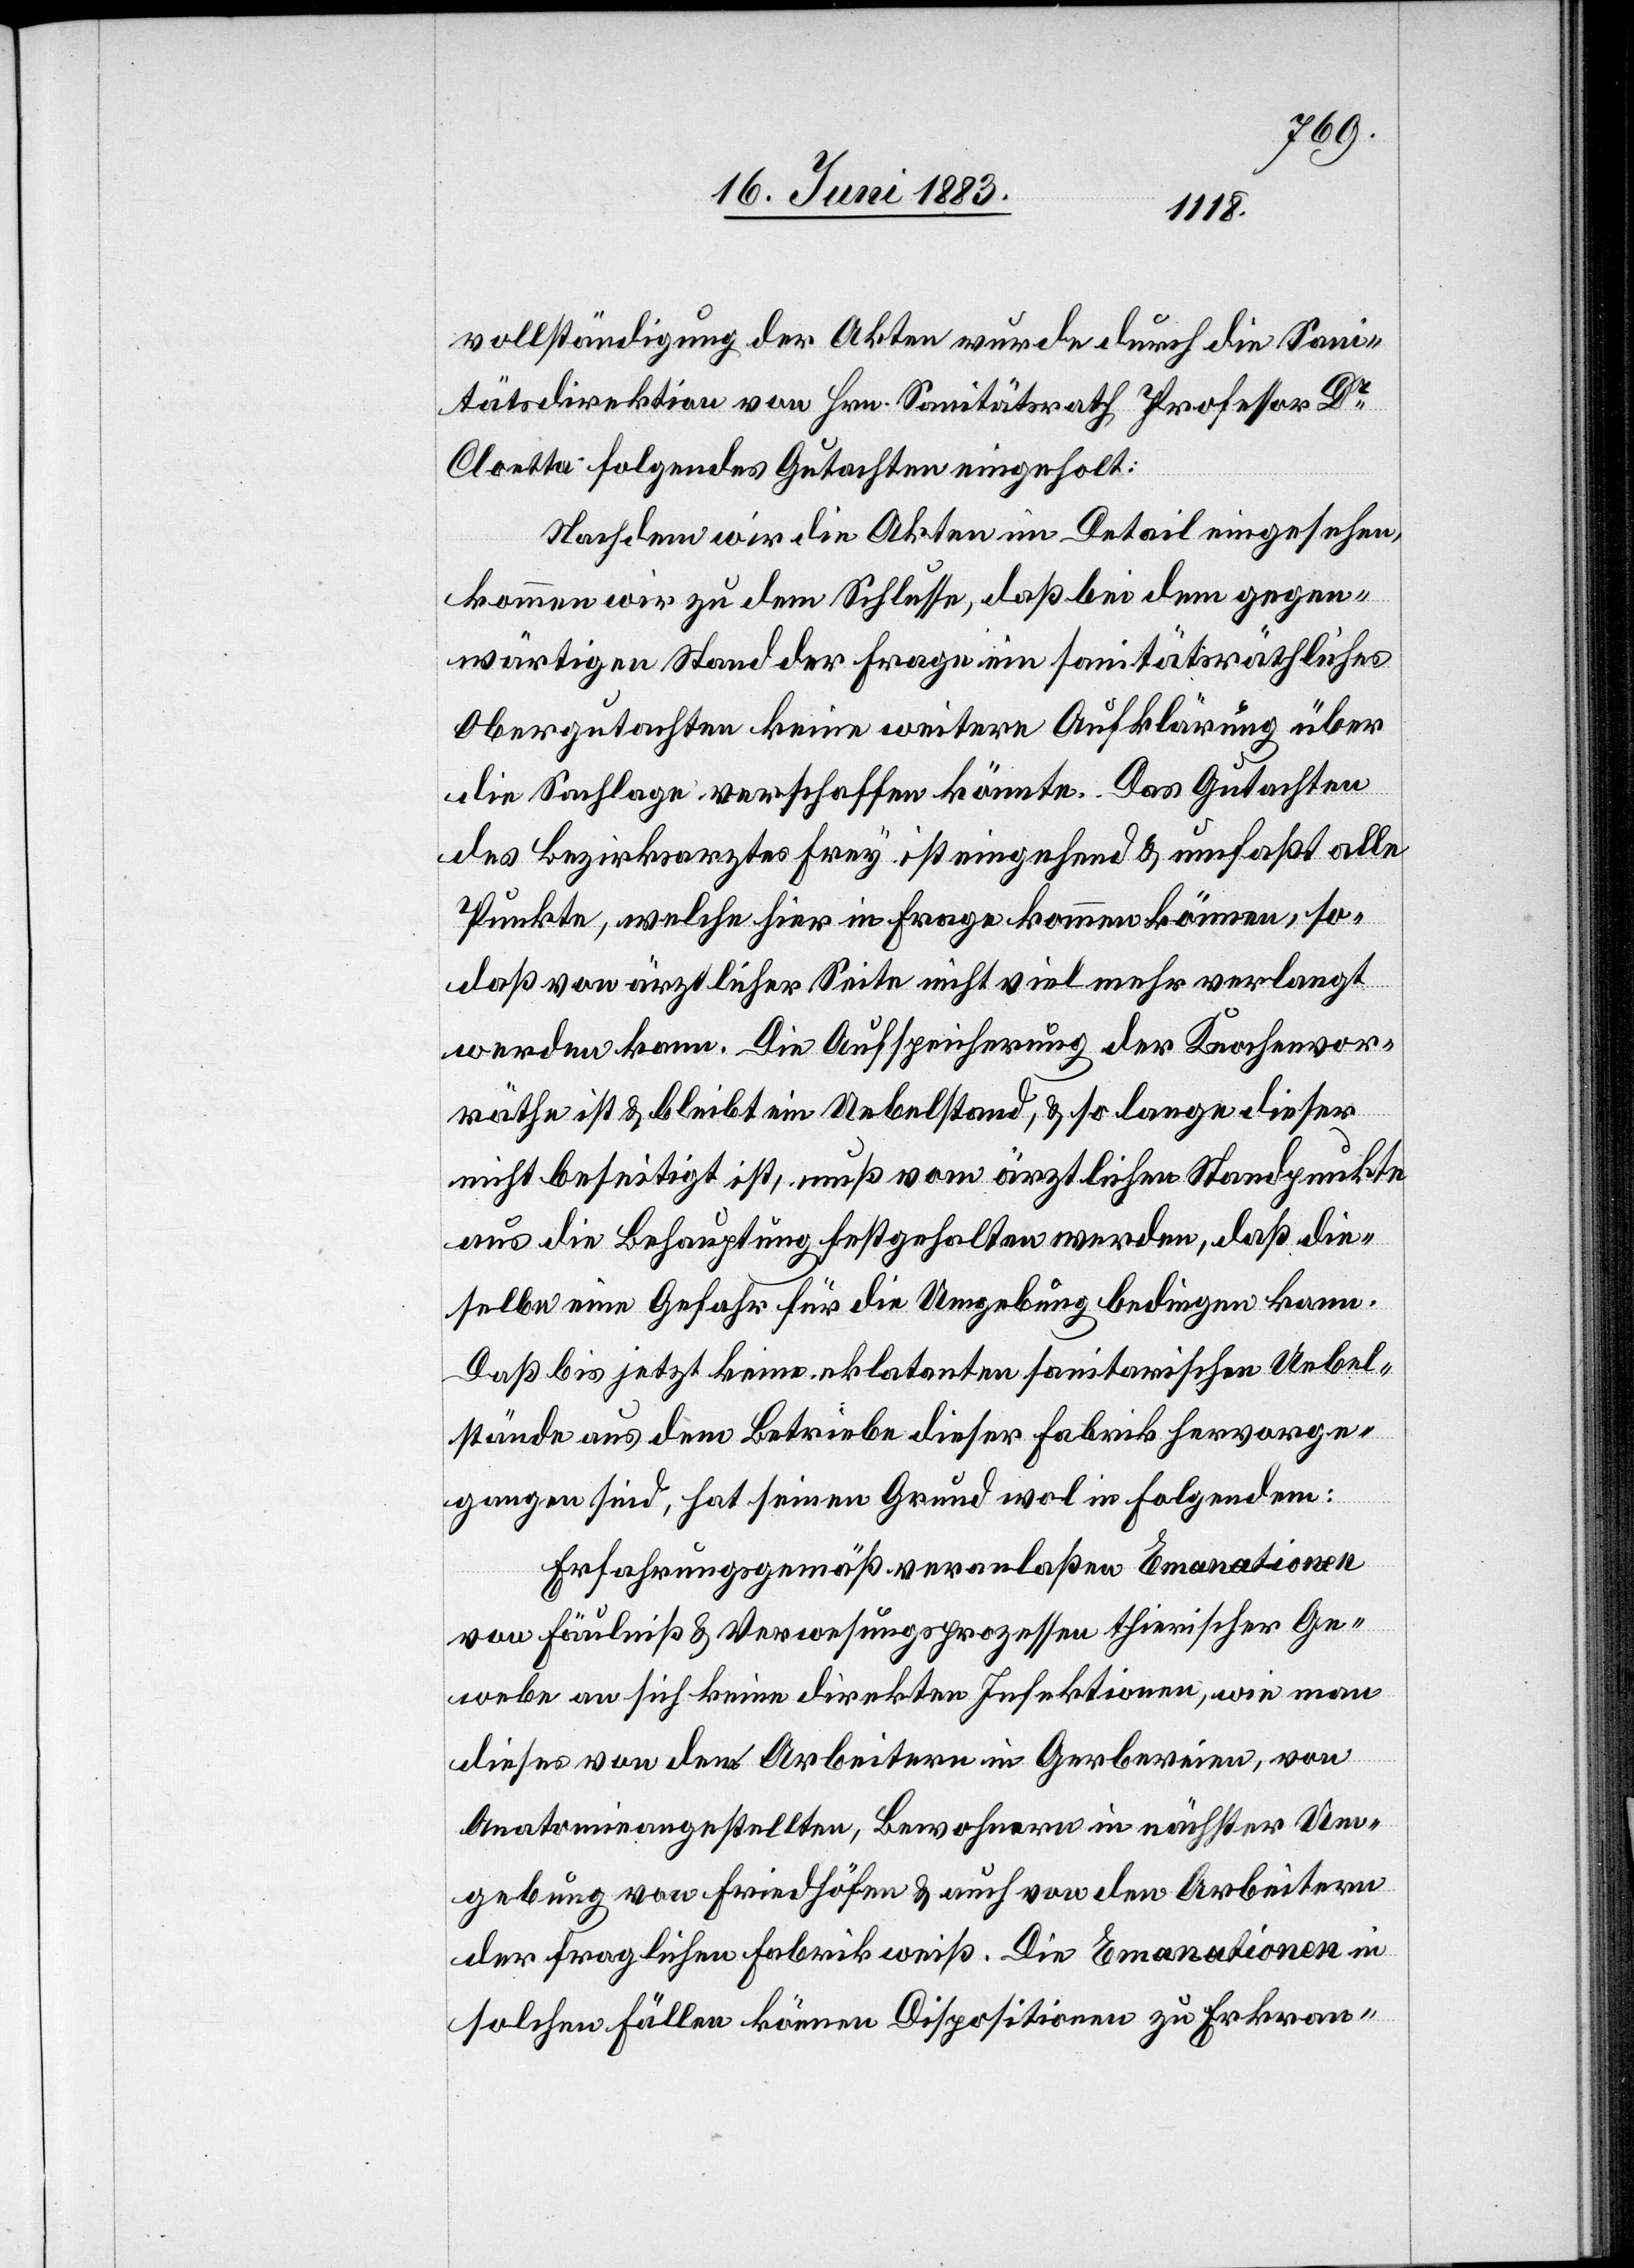
vollständigung der Akten wurde durch die San¬
itätsdirektion von Hrn. Sanitätsrath Professor Dr
Cloetta folgendes Gutachten eingeholt:
Nachdem wir die Akten im Detail eingesehen,
kommen wir zu dem Schlusse, das bei dem gegen¬
wärtigen Stand der Frage ein sanitätsräthliches
Obergutachten keine weitere Aufklärung über
die Sachlage verschaffen könnte. Das Gutachten
des Bezirksarztes Frey ist eingehend & umfaßt alle
Punkte, welche hier in Frage kommen können, so¬
daß von ärztlicher Seite nicht viel mehr verlangt
werden kann. Die Aufspeicherung der Knochenvor¬
räthe ist & bleibt ein Uebelstand, & so lange dieser
nicht beseitigt ist, muß vom ärztlichen Standpunkte
aus die Behauptung festgehalten werden, daß die¬
selbe eine Gefahr für die Umgebung bedingen kann.
Daß bis jetzt keine eklatanten sanitarischen Uebel¬
stände aus dem Betriebe dieser Fabrik hervorge¬
gangen sind, hat seinen Grund wol in Folgendem:
Erfahrungsgemäß veranlaßen Emanationen
von Fäulniß & Verwesungsprozessen thierischer Ge¬
webe an sich keine direkten Infektionen, wie man
dieses von den Arbeitern in Gerbereien, von
Anatomieangestellten, Bewohnern in nächster Um¬
gebung von Friedhöfen & auch von den Arbeitern
der fraglichen Fabrik weiß. Die Emanationen in
solchen Fällen können Dispositionen zu Erkran-